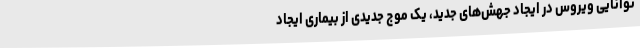
توانایی ویروس در ایجاد جهش‌های جدید، یک موج جدیدی از بیماری ایجاد